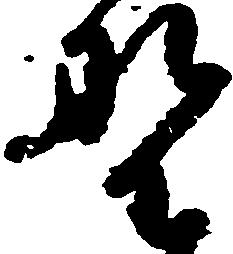
野